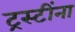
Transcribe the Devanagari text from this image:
ट्रस्टींना